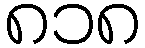
၈၁၈